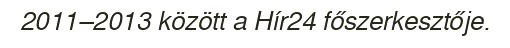
2011–2013 között a Hír24 főszerkesztője.